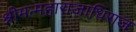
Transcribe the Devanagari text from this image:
श्रीमन्महाराजाधिराज